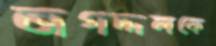
জগদ্দলকে